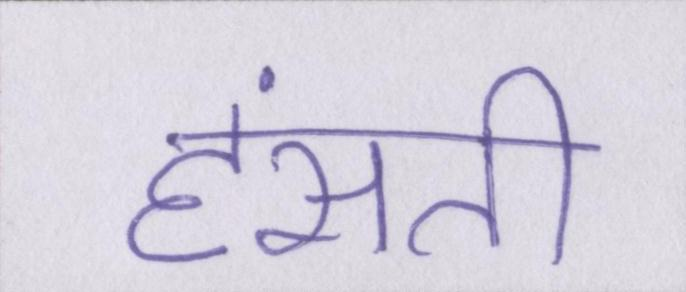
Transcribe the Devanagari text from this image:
हंसती